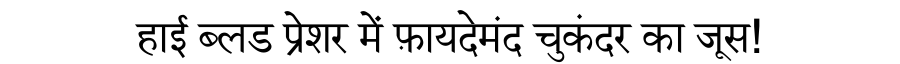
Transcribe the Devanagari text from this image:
हाई ब्लड प्रेशर में फ़ायदेमंद चुकंदर का जूस!